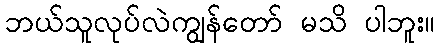
ဘယ်သူလုပ်လဲကျွန်တော် မသိ ပါဘူး။